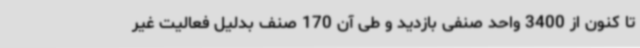
تا کنون از 3400 واحد صنفی بازدید و طی آن 170 صنف بدلیل فعالیت غیر